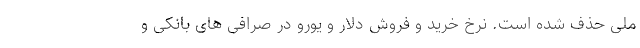
ملی حذف شده است. نرخ خرید و فروش دلار و یورو در صرافی های بانکی و